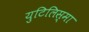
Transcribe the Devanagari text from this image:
युटिलिस्मा